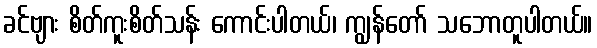
ခင်ဗျား စိတ်ကူးစိတ်သန်း ကောင်းပါတယ်၊ ကျွန်တော် သဘောတူပါတယ်။